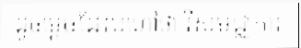
ដូចម្តេចដែលហៅថា វិសមជ្ឈការ